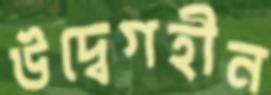
উদ্বেগহীন